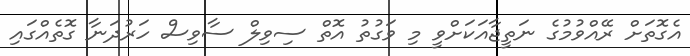
އެގޮތަށް ރޭއްވުމުގެ ނަތީޖާއަކަށްވީ މި ވަގުތު އޮތް ސިވިލް ސާވިސް ހަރުދަނާ ގޮތެއްގައި